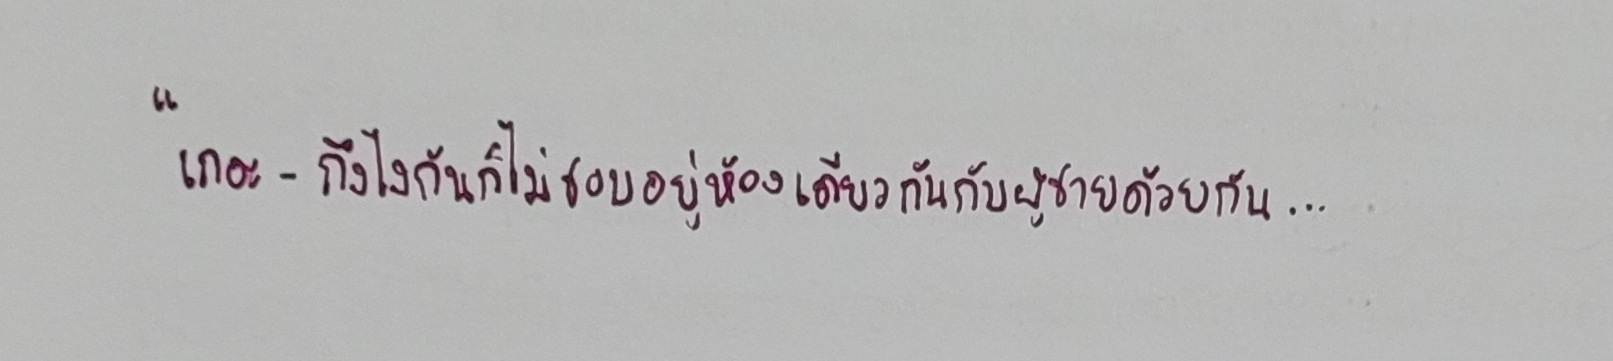
"เถอะ-ถึงไงกันก็ไม่ชอบอยู่ห้องเดียวกันกับผู้ชายด้วยกัน...